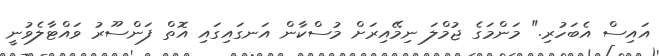
އައިސް އެބަހުރި." މަންމަގެ ޖުމްލަ ނިމޭއިރަށް މުސްކާން އަނގައިގައި އޮތް ފަންސޫރު ވައްޓާލެވުނީ